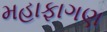
મહાફાગણ